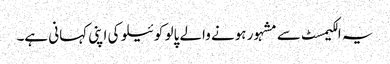
یہ الکیمسٹ سے مشہور ہونے والے پالو کوئیلو کی اپنی کہانی ہے۔